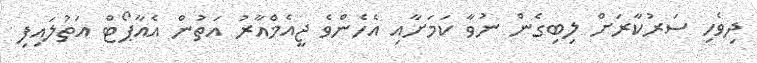
ދިވެހި ސަރުކާރަށް ލިިބިގެން ނުވާ ކަމަށާއި އެހެންވެ ޖީއެމްއާރު އަތުން އެއާޕޯޓް އަތުލައިފި